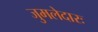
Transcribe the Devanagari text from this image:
जुमलेदारः